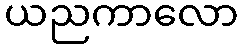
ယညကာလော